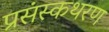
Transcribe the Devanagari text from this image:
प्रसंस्कथरण